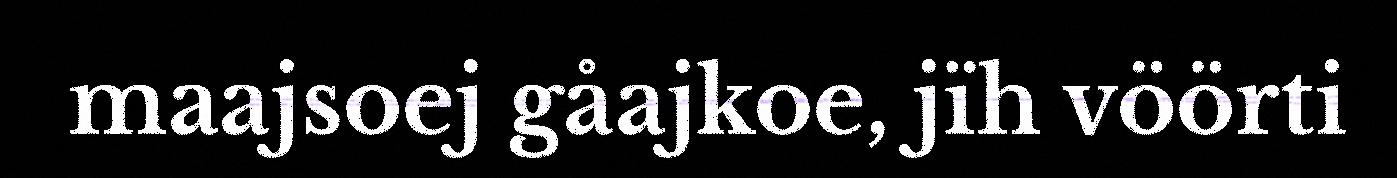
maajsoej gåajkoe, jïh vöörti